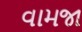
વામજા